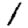
Digit: 1